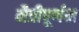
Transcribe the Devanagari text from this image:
मैत्रीपूर्णता